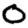
Digit: 0